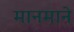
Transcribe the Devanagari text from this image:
मानमाने